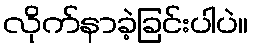
လိုက်နာခဲ့ခြင်းပါပဲ။